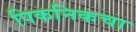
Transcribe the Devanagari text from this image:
पिकनिकचा